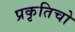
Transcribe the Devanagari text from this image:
प्रकृतिचो